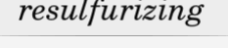
resulfurizing